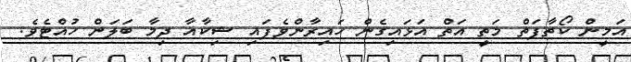
އަމީން ކޯތާފަތް މަތީ އަތް އަޅައިގެން ހައިރާންވެފައި ޝިކާއާ ދިމާ ބަލަން ހުއްޓެވެ.